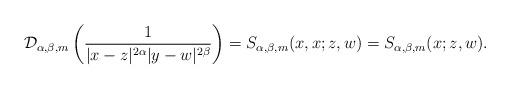
LaTeX: \begin{align*} \mathcal D_{\alpha, \beta, m}\left( \frac{1}{|x-z|^{2\alpha}|y-w|^{2\beta}}\right)=S_{\alpha, \beta, m}(x, x; z, w) =S_{\alpha, \beta, m}(x; z, w).\end{align*}